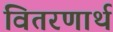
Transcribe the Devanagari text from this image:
वितरणार्थ